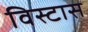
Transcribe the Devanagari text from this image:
विस्टास